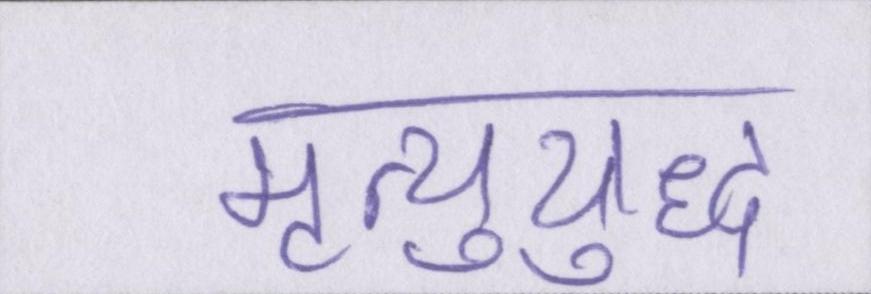
मृत्युयुद्ध